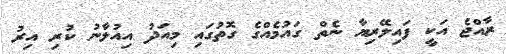
ރާއްޖެ އަކީ ފައިލޭރިޔާ ނެތް ގައުމެއްގެ ގޮތުގައި މިއަދު އިއުލާނު ކުރި އިރު